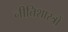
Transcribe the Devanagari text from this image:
नीतिशास्त्रों